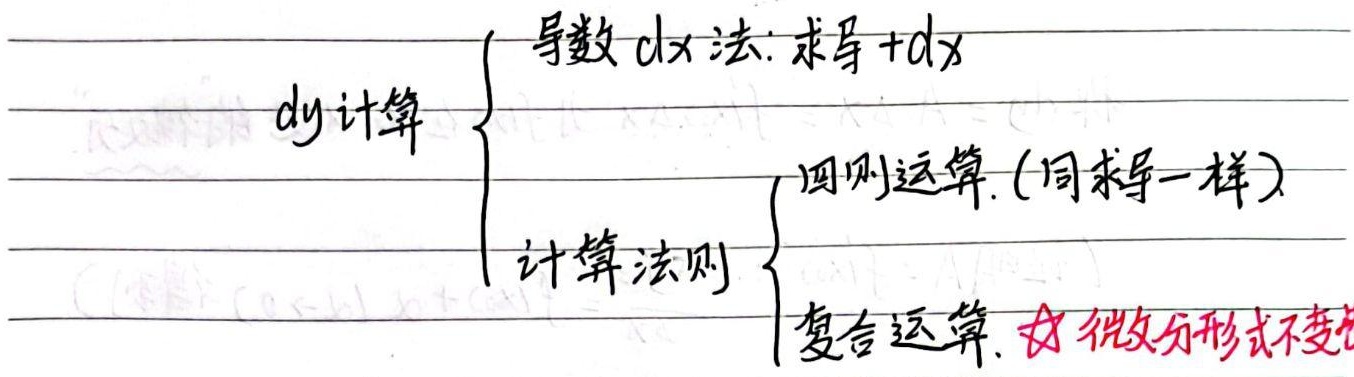
\[
dy\text{计算}
\begin{cases}
\text{导数} \mathrm{d}x \text{法: 求导}+\mathrm{d}x \\
\text{计算法则}
\begin{cases}
\text{四则运算. (同求导一样)} \\
\text{复合运算.} \star \text{微分形式不变}
\end{cases}
\end{cases}
\]